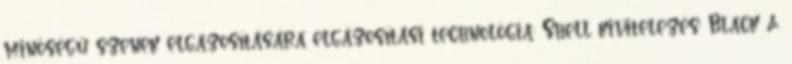
minőségű szenek elgázosítására elgázosítási technológia: Shell kivitelezés: Black &